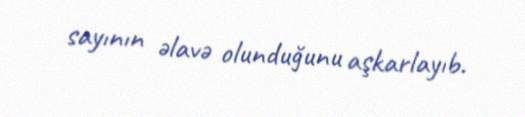
sayının əlavə olunduğunu aşkarlayıb.